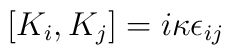
[K_i,K_j]=i\kappa\epsilon_{ij}